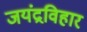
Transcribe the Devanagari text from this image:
जयंद्रविहार